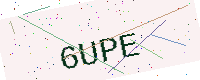
Text: 6UPE